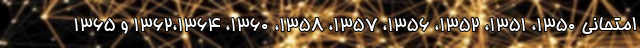
امتحانی ۱۳۵۰، ۱۳۵۱، ۱۳۵۲، ۱۳۵۶، ۱۳۵۷، ۱۳۵۸، ۱۳۶۰، ۱۳۶۲،۱۳۶۴ و ۱۳۶۵